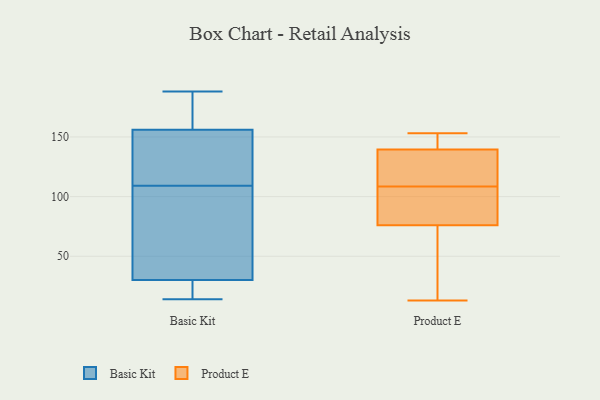
{"axis": {"x": "Humidity (%)", "y": "Value"}, "legend": ["Basic Kit", "Product E"], "data": [{"x": "", "y": 156, "type": "Basic Kit"}, {"x": "", "y": 120, "type": "Basic Kit"}, {"x": "", "y": 85, "type": "Basic Kit"}, {"x": "", "y": 176, "type": "Basic Kit"}, {"x": "", "y": 24, "type": "Basic Kit"}, {"x": "", "y": 98, "type": "Basic Kit"}, {"x": "", "y": 188, "type": "Basic Kit"}, {"x": "", "y": 158, "type": "Basic Kit"}, {"x": "", "y": 30, "type": "Basic Kit"}, {"x": "", "y": 14, "type": "Basic Kit"}, {"x": "", "y": 126, "type": "Basic Kit"}, {"x": "", "y": 49, "type": "Basic Kit"}, {"x": "", "y": 120, "type": "Basic Kit"}, {"x": "", "y": 26, "type": "Basic Kit"}, {"x": "", "y": 76, "type": "Product E"}, {"x": "", "y": 72, "type": "Product E"}, {"x": "", "y": 13, "type": "Product E"}, {"x": "", "y": 118, "type": "Product E"}, {"x": "", "y": 99, "type": "Product E"}, {"x": "", "y": 147, "type": "Product E"}, {"x": "", "y": 132, "type": "Product E"}, {"x": "", "y": 153, "type": "Product E"}, {"x": "", "y": 150, "type": "Product E"}, {"x": "", "y": 76, "type": "Product E"}, {"x": "", "y": 124, "type": "Product E"}, {"x": "", "y": 79, "type": "Product E"}]}